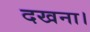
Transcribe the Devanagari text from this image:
दखना।